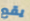
يقع